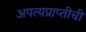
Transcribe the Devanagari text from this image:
अपत्यप्राप्तीची